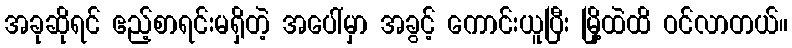
အခုဆိုရင် ဧည့်စာရင်းမရှိတဲ့ အပေါ်မှာ အခွင့် ကောင်းယူပြီး မြို့ထဲထိ ဝင်လာတယ်။